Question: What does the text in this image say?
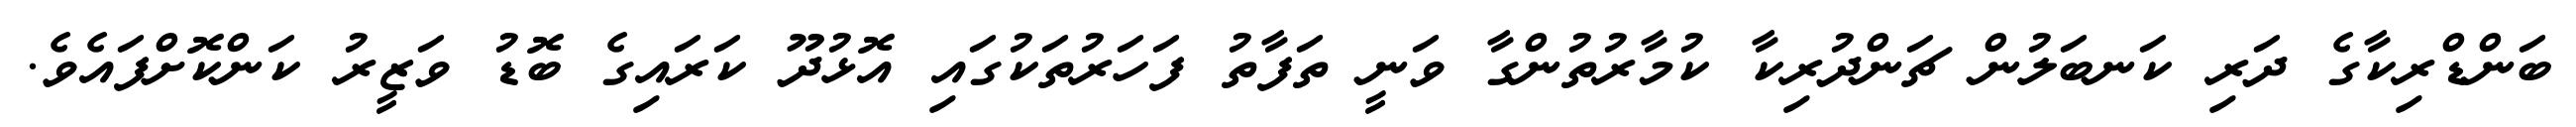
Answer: ބަންޑްރިކާގެ ދަރި ކަނބަލުން ޗަންދުރިކާ ކުމާރުތުންގާ ވަނީ ތަފާތު ފަހަރުތަކުގައި އޮޅުދޫ ކަރައިގެ ބޮޑު ވަޒީރު ކަންކޮށްފައެވެ.